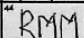
Transcription: RMM